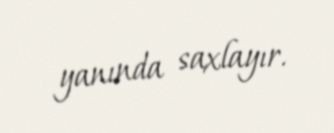
yanında saxlayır.